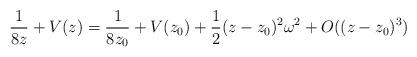
LaTeX: \begin{align*}\frac{1}{8z} + V(z) = \frac{1}{8z_0} + V(z_0) + \frac12(z-z_0)^2\omega^2 + O((z-z_0)^3)\end{align*}